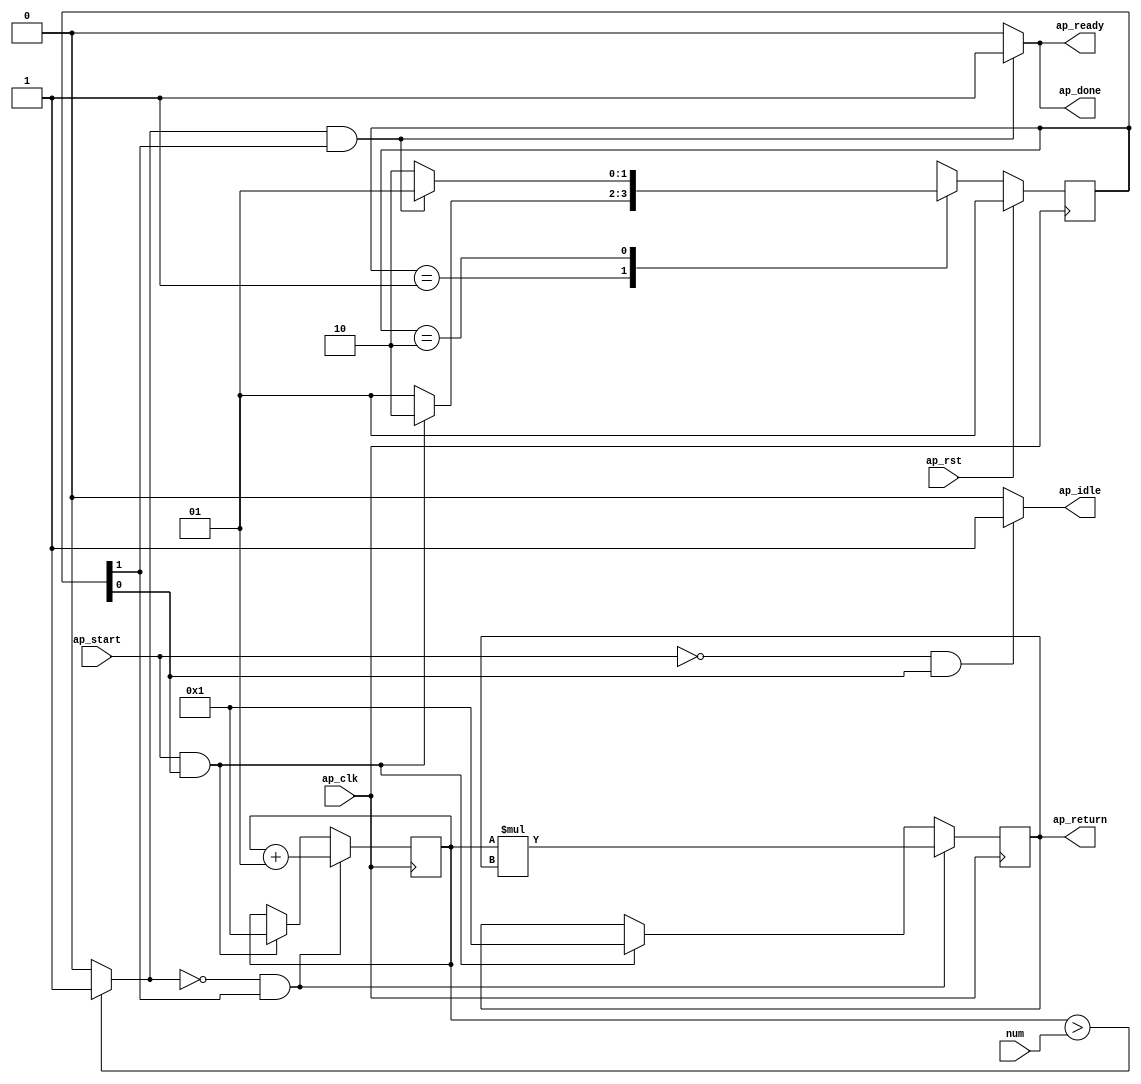
module factorial (
        ap_clk,
        ap_rst,
        ap_start,
        ap_done,
        ap_idle,
        ap_ready,
        num,
        ap_return
);

parameter    ap_ST_fsm_state1 = 2'd1;
parameter    ap_ST_fsm_state2 = 2'd2;

input   ap_clk;
input   ap_rst;
input   ap_start;
output   ap_done;
output   ap_idle;
output   ap_ready;
input  [31:0] num;
output  [31:0] ap_return;

reg ap_done;
reg ap_idle;
reg ap_ready;

(* fsm_encoding = "none" *) reg   [1:0] ap_CS_fsm;
wire    ap_CS_fsm_state1;
wire   [31:0] temp_1_fu_47_p2;
wire    ap_CS_fsm_state2;
wire   [0:0] tmp_fu_42_p2;
wire   [31:0] i_1_fu_53_p2;
reg  signed [31:0] temp_reg_20;
reg  signed [31:0] i_reg_31;
reg   [1:0] ap_NS_fsm;

// power-on initialization
initial begin
#0 ap_CS_fsm = 2'd1;
end

always @ (posedge ap_clk) begin
    if (ap_rst == 1'b1) begin
        ap_CS_fsm <= ap_ST_fsm_state1;
    end else begin
        ap_CS_fsm <= ap_NS_fsm;
    end
end

always @ (posedge ap_clk) begin
    if (((tmp_fu_42_p2 == 1'd0) & (1'b1 == ap_CS_fsm_state2))) begin
        i_reg_31 <= i_1_fu_53_p2;
    end else if (((ap_start == 1'b1) & (1'b1 == ap_CS_fsm_state1))) begin
        i_reg_31 <= 32'd1;
    end
end

always @ (posedge ap_clk) begin
    if (((tmp_fu_42_p2 == 1'd0) & (1'b1 == ap_CS_fsm_state2))) begin
        temp_reg_20 <= temp_1_fu_47_p2;
    end else if (((ap_start == 1'b1) & (1'b1 == ap_CS_fsm_state1))) begin
        temp_reg_20 <= 32'd1;
    end
end

always @ (*) begin
    if (((tmp_fu_42_p2 == 1'd1) & (1'b1 == ap_CS_fsm_state2))) begin
        ap_done = 1'b1;
    end else begin
        ap_done = 1'b0;
    end
end

always @ (*) begin
    if (((ap_start == 1'b0) & (1'b1 == ap_CS_fsm_state1))) begin
        ap_idle = 1'b1;
    end else begin
        ap_idle = 1'b0;
    end
end

always @ (*) begin
    if (((tmp_fu_42_p2 == 1'd1) & (1'b1 == ap_CS_fsm_state2))) begin
        ap_ready = 1'b1;
    end else begin
        ap_ready = 1'b0;
    end
end

always @ (*) begin
    case (ap_CS_fsm)
        ap_ST_fsm_state1 : begin
            if (((ap_start == 1'b1) & (1'b1 == ap_CS_fsm_state1))) begin
                ap_NS_fsm = ap_ST_fsm_state2;
            end else begin
                ap_NS_fsm = ap_ST_fsm_state1;
            end
        end
        ap_ST_fsm_state2 : begin
            if (((tmp_fu_42_p2 == 1'd1) & (1'b1 == ap_CS_fsm_state2))) begin
                ap_NS_fsm = ap_ST_fsm_state1;
            end else begin
                ap_NS_fsm = ap_ST_fsm_state2;
            end
        end
        default : begin
            ap_NS_fsm = 'bx;
        end
    endcase
end

assign ap_CS_fsm_state1 = ap_CS_fsm[32'd0];

assign ap_CS_fsm_state2 = ap_CS_fsm[32'd1];

assign ap_return = temp_reg_20;

assign i_1_fu_53_p2 = ($signed(i_reg_31) + $signed(32'd1));

assign temp_1_fu_47_p2 = ($signed(i_reg_31) * $signed(temp_reg_20));

assign tmp_fu_42_p2 = (($signed(i_reg_31) > $signed(num)) ? 1'b1 : 1'b0);

endmodule